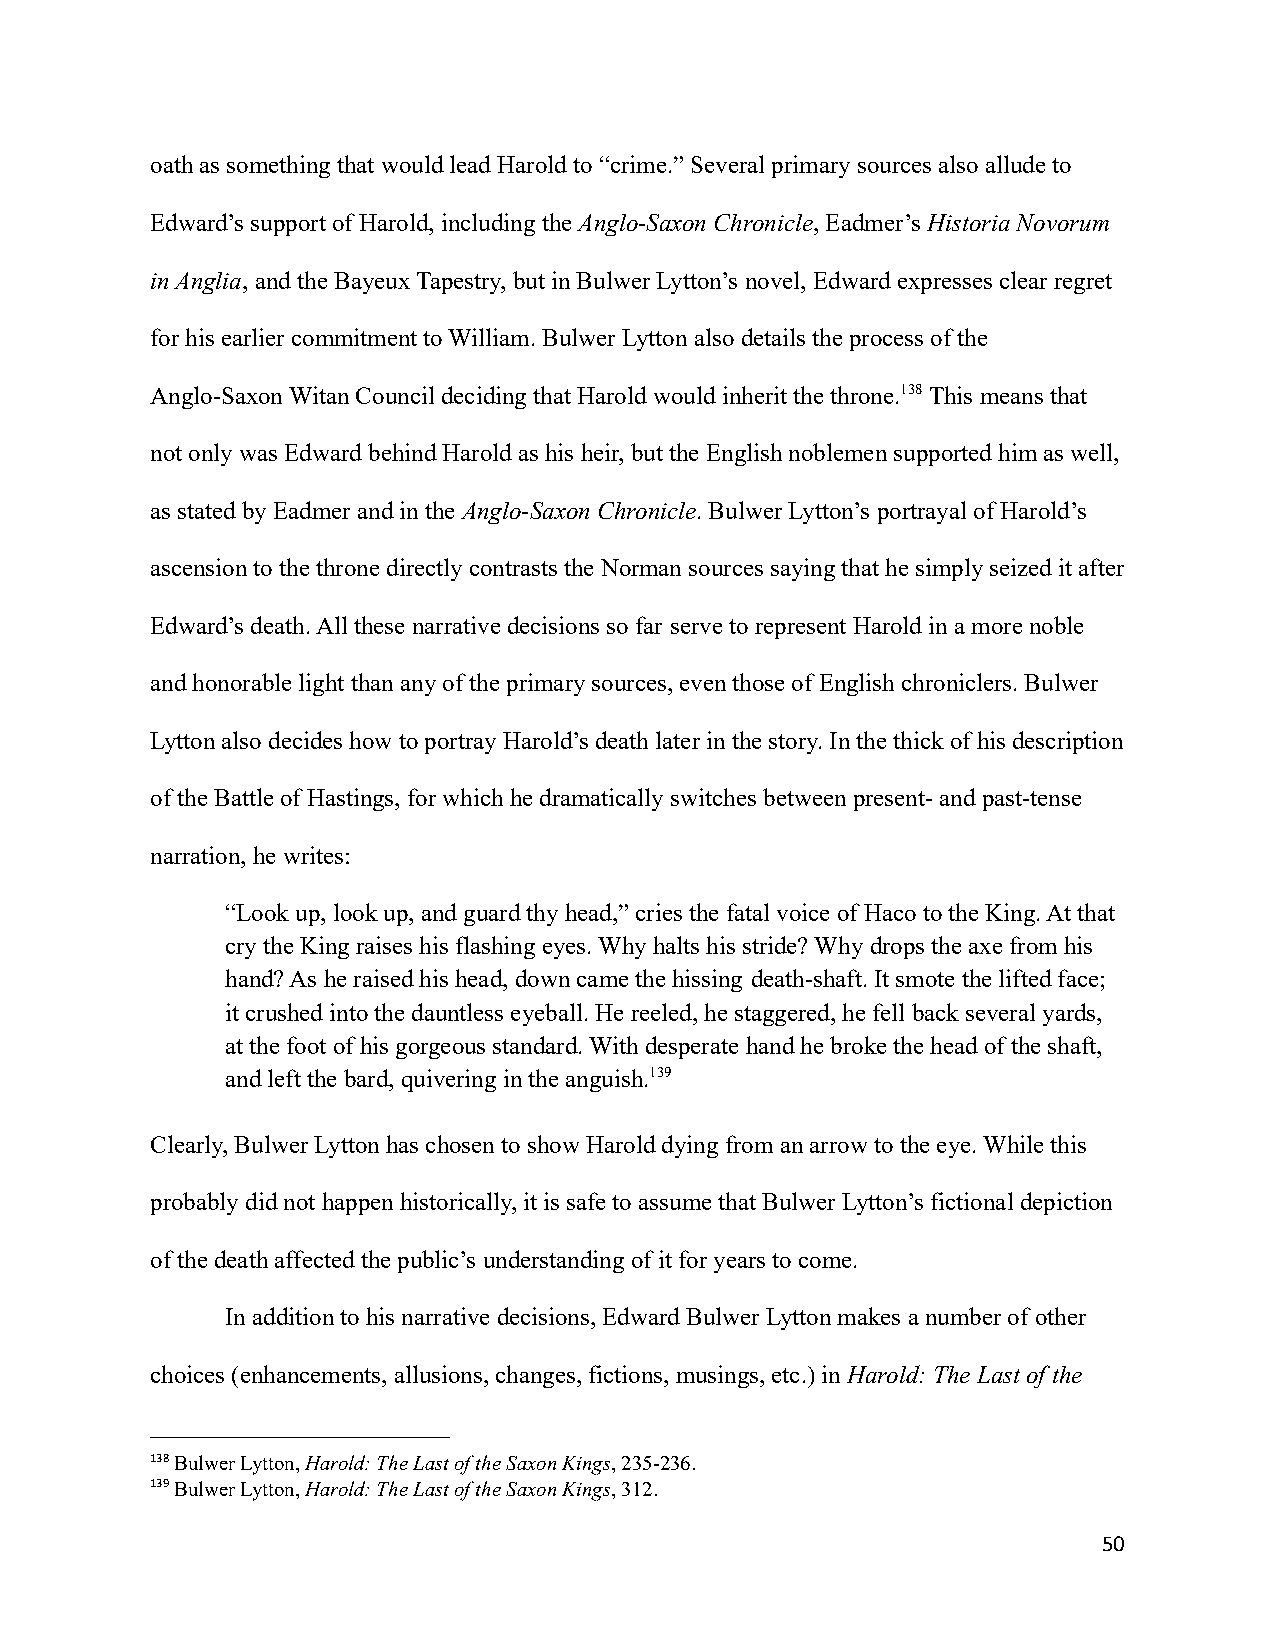
oath as something that would lead Harold to “crime.” Several primary sources also allude to
 Edward’s support of Harold, including theAnglo-SaxonChronicle, Eadmer’s Historia Novorum
 in Anglia, and the Bayeux Tapestry, but in Bulwer Lytton’s novel, Edward expresses clear regret
 for his earlier commitment to William. Bulwer Lytton also details the process of the
 Anglo-Saxon Witan Council deciding that Harold would inherit the throne.138This means that
 not only was Edward behind Harold as his heir, butthe English noblemen supported him as well,
 as stated by Eadmer and in theAnglo-Saxon Chronicle.Bulwer Lytton’s portrayal of Harold’s
 ascension to the throne directly contrasts the Normansources saying that he simply seized it after
 Edward’s death. All these narrative decisions so far serve to represent Harold in a more noble
 and honorable light than any of the primary sources,even those of English chroniclers. Bulwer
 Lytton also decides how to portray Harold’s deathlater in the story. In the thick of his description
 of the Battle of Hastings, for which he dramaticallyswitches between present- and past-tense
 narration, he writes:
 “Look up, look up, and guard thy head,” cries thefatal voice of Haco to the King. At that
 cry the King raises his flashing eyes. Why halts his stride? Why drops the axe from his
 hand? As he raised his head, down came the hissing death-shaft. It smote the lifted face;
 it crushed into the dauntless eyeball. He reeled,he staggered, he fell back several yards,
 at the foot of his gorgeous standard. With desperate hand he broke the head of the shaft,
 and left the bard, quivering in the anguish.139
 Clearly, Bulwer Lytton has chosen to show Harold dyingfrom an arrow to the eye. While this
 probably did not happen historically, it is safe toassume that Bulwer Lytton’s fictional depiction
 of the death affected the public’s understanding ofit for years to come.
 In addition to his narrative decisions, Edward BulwerLytton makes a number of other
 choices (enhancements, allusions, changes, fictions,musings, etc.) inHarold: The Last of the
 138Bulwer Lytton,Harold: The Last of the Saxon Kings,235-236.
 139Bulwer Lytton,Harold: The Last of the Saxon Kings,312.
 50